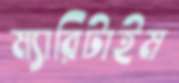
ম্যারিটাইম